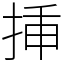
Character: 挿